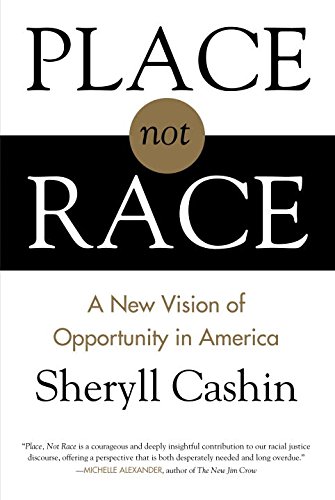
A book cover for Place, Not Race: A New Vision of Opportunity in America; Sheryll Cashin; Law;